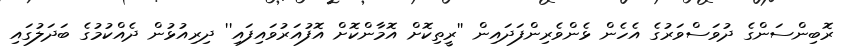
ރޮބިންސަންގެ ދުވަސްވަރުގެ އެހެން ޅެންވެރިންފަދައިން ''ރީތިކޮށް އޮމާންކޮށް އޮފުއަރުވައިފައި'' ދިރިއުޅުން ދެއްކުމުގެ ބަދަލުގައި